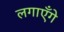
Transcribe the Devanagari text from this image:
लगाएँगे